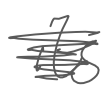
Text: its
Cross-out: scratch
Writing tool: digital_gray